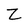
Character: Z